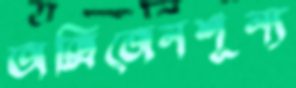
অক্সিজেনশূন্য